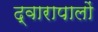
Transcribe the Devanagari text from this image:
द्वारापालों